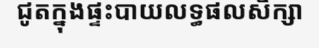
ជូតក្នុងផ្ទះបាយលទ្ធផលសិក្សា